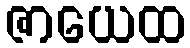
ဇာယေထ